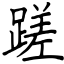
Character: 蹉